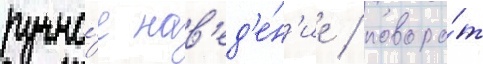
ручно́е нав'ед'е́н'ие / поворо́т